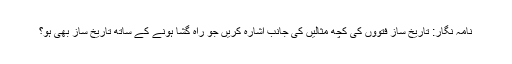
نامہ نگار: تاریخ ساز فتووں کی کچھ مثالیں کی جانب اشارہ کریں جو راہ گشا ہونے کے ساتھ تاریخ ساز بھی ہو؟